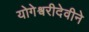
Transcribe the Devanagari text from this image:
योगेश्वरीदेवीने